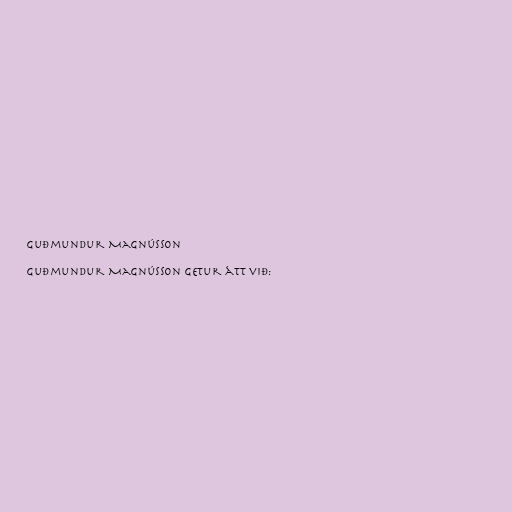
Guðmundur Magnússon

Guðmundur Magnússon getur átt við: